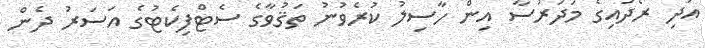
އަދި ރޯދައިގެ މަދަރުސާ އިން ހާސިލު ކުރެވުނު ތަޤުވާގެ ސެޓްފިކެޓުގެ އަސަރު ދެން